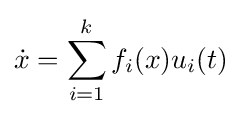
{\dot {x}}=\sum _{i=1}^{k}f_{i}(x)u_{i}(t)